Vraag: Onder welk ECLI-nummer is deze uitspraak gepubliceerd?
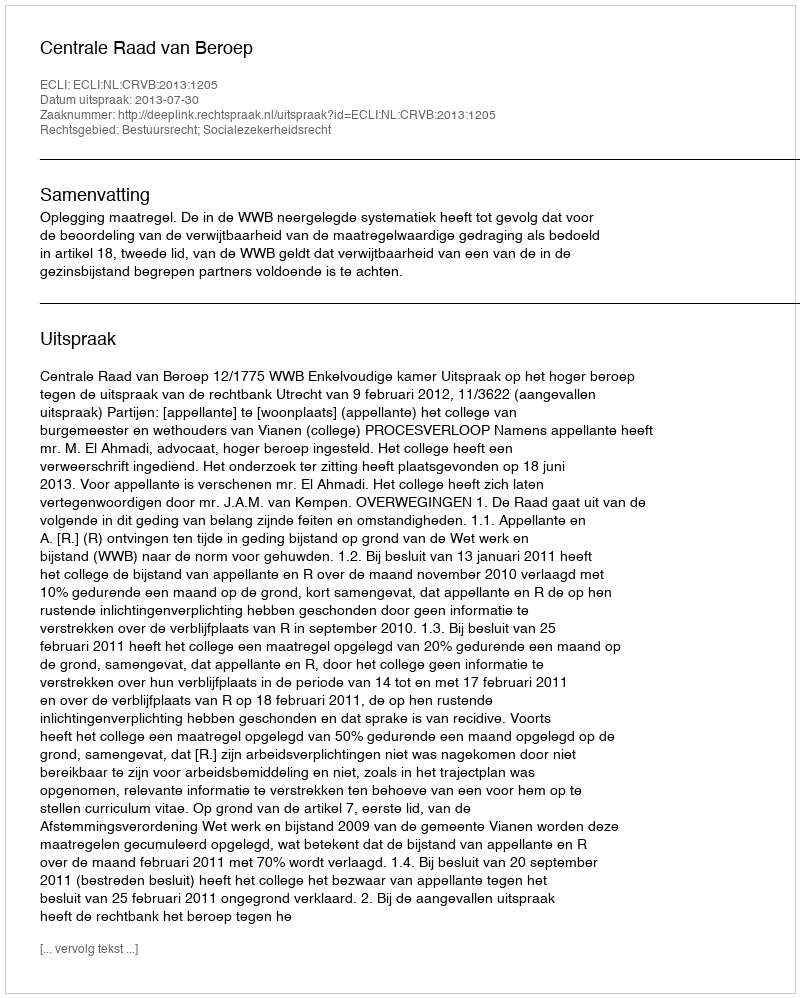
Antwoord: ECLI:NL:CRVB:2013:1205